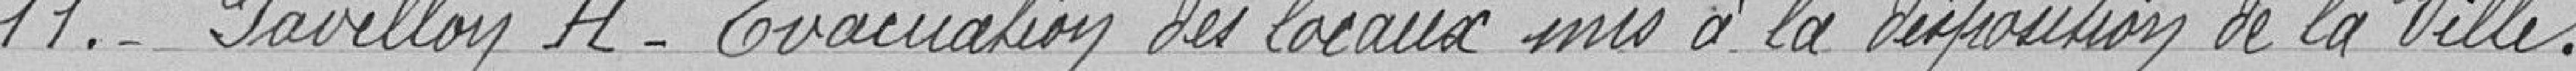
11. Pavillon H - Evacuation des locaux mis à disposition de la ville.